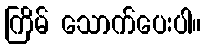
ကြိမ် သောက်ပေးပါ။